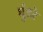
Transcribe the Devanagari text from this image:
घुंडरे